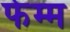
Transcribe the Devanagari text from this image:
फेम्म